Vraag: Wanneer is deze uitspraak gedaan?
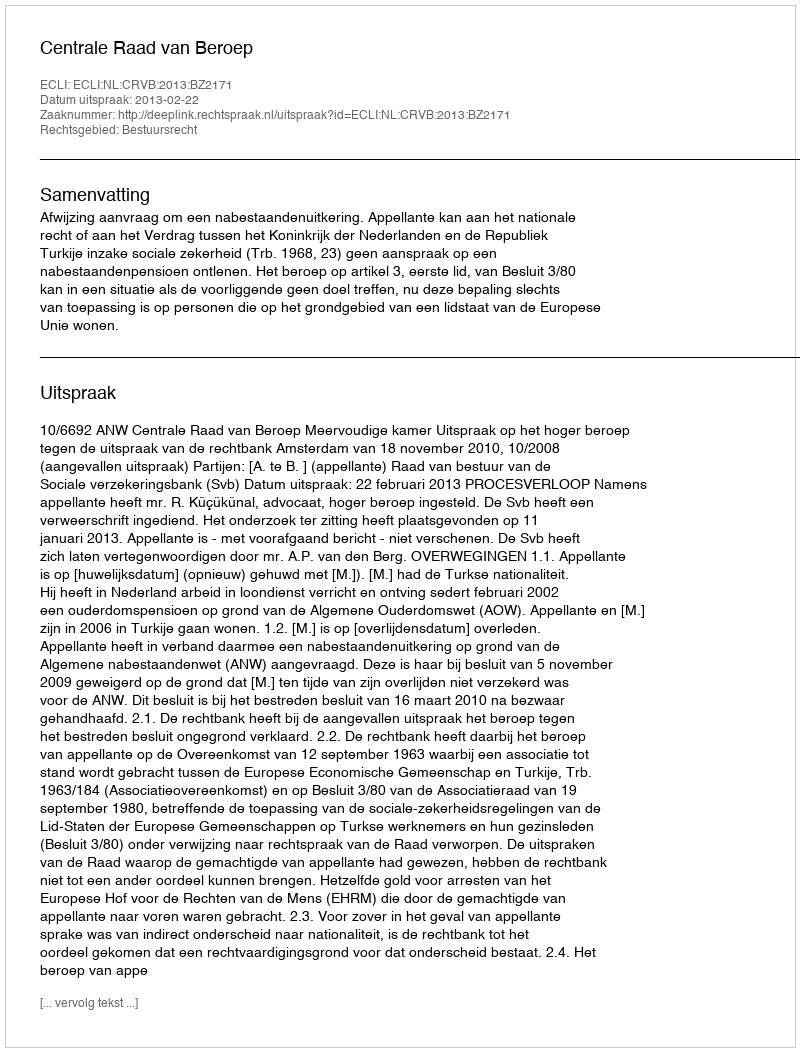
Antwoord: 2013-02-22